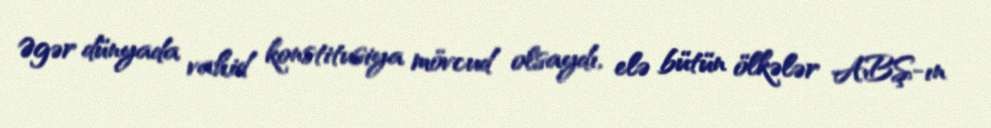
Əgər dünyada vahid konstitusiya mövcud olsaydı, elə bütün ölkələr ABŞ-ın